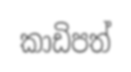
කාඩිපත්